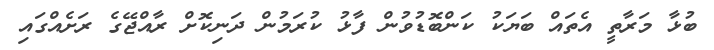
ބުޅާ މަރާތީ އެތައް ބަޔަކު ކަންބޮޑުވުން ފާޅު ކުރަމުން ދަނިކޮށް ރާއްޖޭގެ ރަށެއްގައި